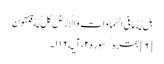
بَل لَّهُ مَا فیِ السَّمَاوَاتِ وَ الْاَرْضِ کلُ‌ لَّهُ قَنِتُونَ ‌
[۶] بقره/سوره۲، آیه۱۱۶۔